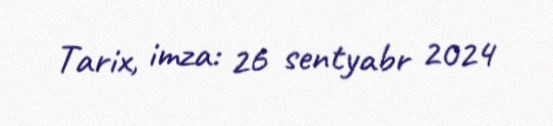
Tarix, imza: 26 sentyabr 2024